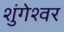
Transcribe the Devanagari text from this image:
शुंगेश्वर